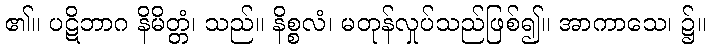
၏။ ပဋိဘာဂ နိမိတ္တံ၊ သည်။ နိစ္စလံ၊ မတုန်လှုပ်သည်ဖြစ်၍။ အာကာသေ၊ ၌။